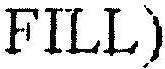
FILL)